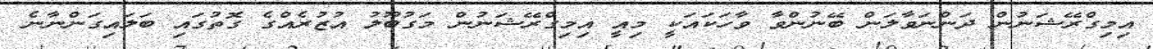
އިމިގްރޭޝަނުން ދަންނަވާލަން ބޭނުންވާ ވާހަކައަކީ މިއީ އިމިގްރޭޝަނުން މަގުބޫލު އުޒުރެއްގެ ގޮތުގައި ބަލައިގަންނާނެ